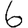
Digit: 6